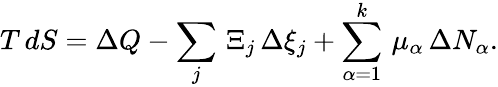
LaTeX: T\, dS=\Delta Q-\sum_{j}\, \Xi_{j}\, \Delta\xi_{j}+\sum_{\alpha=1}^{k}\, \mu_{\alpha}\, \Delta N_{\alpha}.